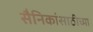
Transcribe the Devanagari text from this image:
सैनिकांसाठीच्या